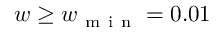
w \ge w _ { \mathrm { ~ m ~ i ~ n ~ } } = 0 . 0 1